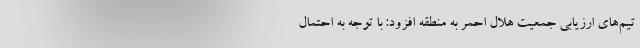
تیم‌های ارزیابی جمعیت هلال احمر به منطقه افزود: با توجه به احتمال